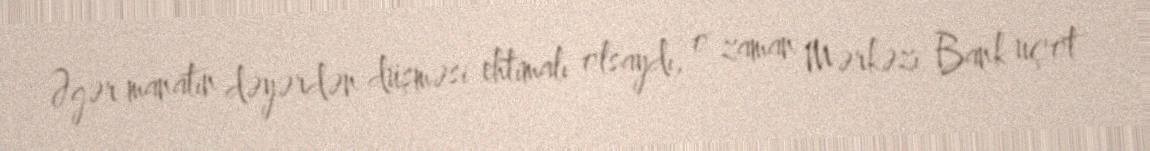
Əgər manatın dəyərdən düşməsi ehtimalı olsaydı, o zaman Mərkəzi Bank uçot